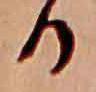
る